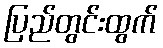
ပြည်တွင်းထွက်